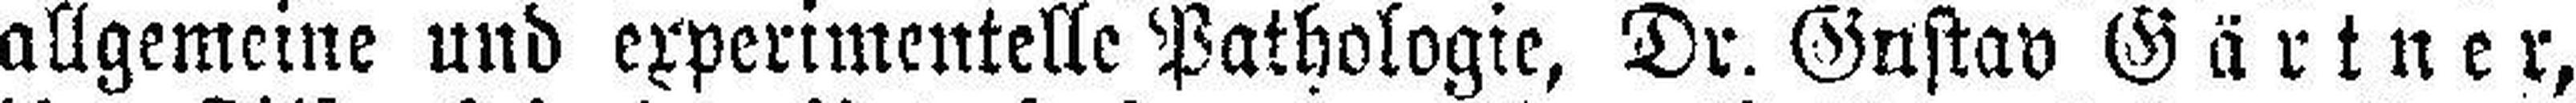
allgemeine und experimentelle Pathologie, Dr. Gustav Gärtner,